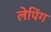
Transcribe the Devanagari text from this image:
लेपिंग